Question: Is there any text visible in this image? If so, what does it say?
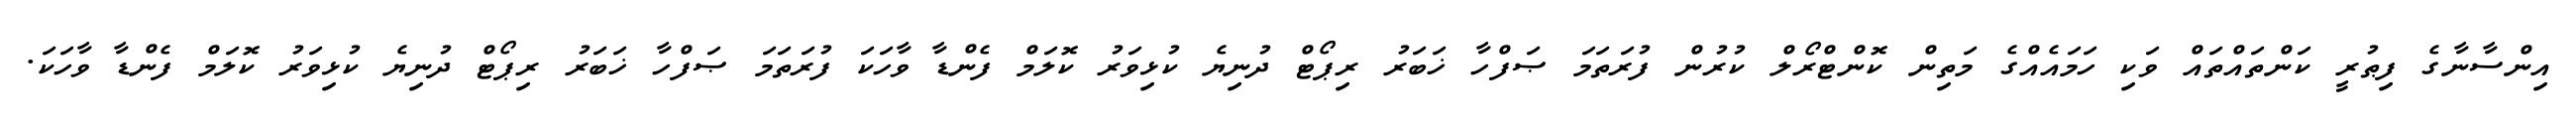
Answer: އިންސާނާގެ ފިޠުރީ ކަންތައްތައް ވަކި ހަމައެއްގެ މަތިން ކޮންޓްރޯލް ކުރުން ފުރަތަމަ ޞަފްހާ ޚަބަރު ރިޕޯޓް ދުނިޔެ ކުޅިވަރު ކޮލަމް ފެންޑާ ވާހަކަ ފުރަތަމަ ޞަފްހާ ޚަބަރު ރިޕޯޓް ދުނިޔެ ކުޅިވަރު ކޮލަމް ފެންޑާ ވާހަކަ.